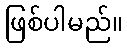
ဖြစ်ပါမည်။